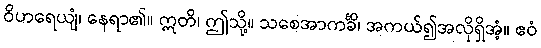
ဝိဟရေယျံ၊ နေရာ၏။ ဣတိ၊ ဤသို့။ သစေအာကင်္ခိ၊ အကယ်၍အလိုရှိအံ့။ ဧဝံ